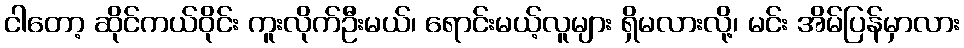
ငါတော့ ဆိုင်ကယ်ဝိုင်း ကူးလိုက်ဦးမယ်၊ ရောင်းမယ့်လူများ ရှိမလားလို့၊ မင်း အိမ်ပြန်မှာလား